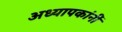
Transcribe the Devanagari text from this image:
अध्यापकांनीं